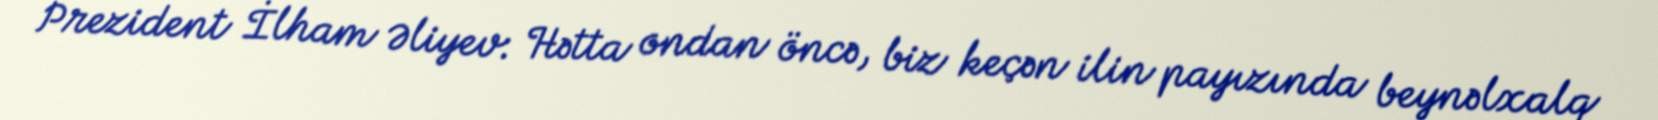
Prezident İlham Əliyev: Hətta ondan öncə, biz keçən ilin payızında beynəlxalq